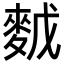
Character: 𪌙